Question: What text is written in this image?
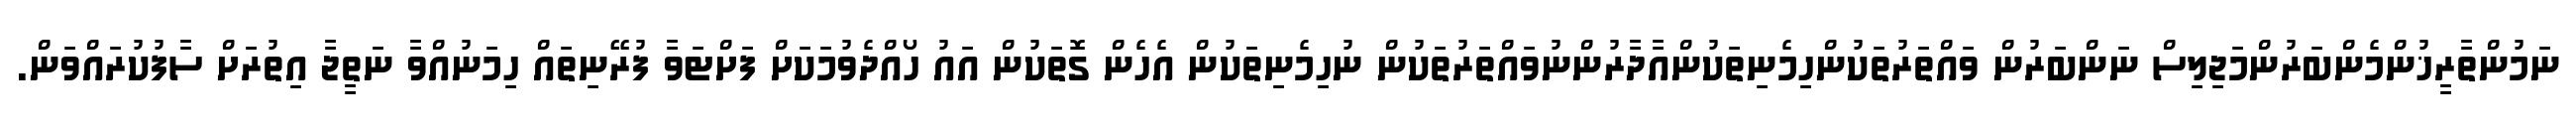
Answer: ނަމުންތާރީޚުންމެންބަރުންމަޖިލިސް ނަންބަރުން ވައްތަރުތަކުންހިމެނިތަކުންއާދާރުންނުވައްތަރުތަކުން ނުހިމެނިތަކުން އެހެން ގޮތަކުން އައު ހޯއްދެވުމަކަށް ފަށްޓަވާ ފުރޭނިތައް ހިމަނުއްވާ ނަތީޖާ އިތުރަށް ސާފުކުރައްވަން.